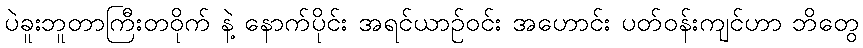
ပဲခူးဘူတာကြီးတဝိုက် နဲ့ နောက်ပိုင်း အရင်ယာဉ်ဝင်း အဟောင်း ပတ်ဝန်းကျင်ဟာ ဘိတွေ